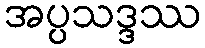
အပ္ပသဒ္ဒဿ